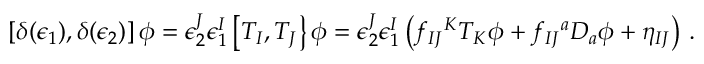
\left[ \delta ( \epsilon _ { 1 } ) , \delta ( \epsilon _ { 2 } ) \right] \phi = \epsilon _ { 2 } ^ { J } \epsilon _ { 1 } ^ { I } \left[ T _ { I } , T _ { J } \right\} \phi = \epsilon _ { 2 } ^ { J } \epsilon _ { 1 } ^ { I } \left( f _ { I J } { } ^ { K } T _ { K } \phi + f _ { I J } { } ^ { a } D _ { a } \phi + \eta _ { I J } \right) \, .